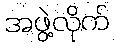
အဖွဲ့လိုက်